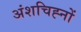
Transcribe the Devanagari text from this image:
अंशचिह्नों